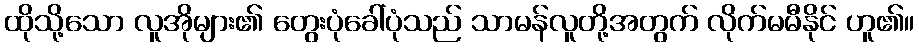
ထိုသို့သော လူအိုများ၏ တွေးပုံခေါ်ပုံသည် သာမန်လူတို့အတွက် လိုက်မမီနိုင် ဟူ၏။